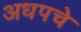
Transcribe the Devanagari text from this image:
अधपचे